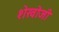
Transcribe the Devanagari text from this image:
शेखोजी